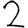
Digit: 2